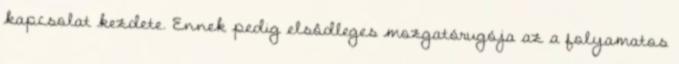
kapcsolat kezdete. Ennek pedig elsôdleges mozgatórugója az a folyamatos